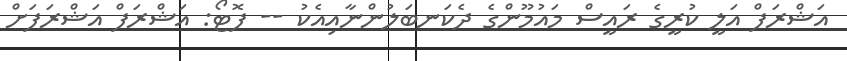
އަޝްރަފް އަލީ ކުރީގެ ރައީސް މައުމޫންގެ ދެކަނބަލުންނާއިއެކު -- ފޮޓޯ: އަޝްރަފް އަޝްރަފަށް